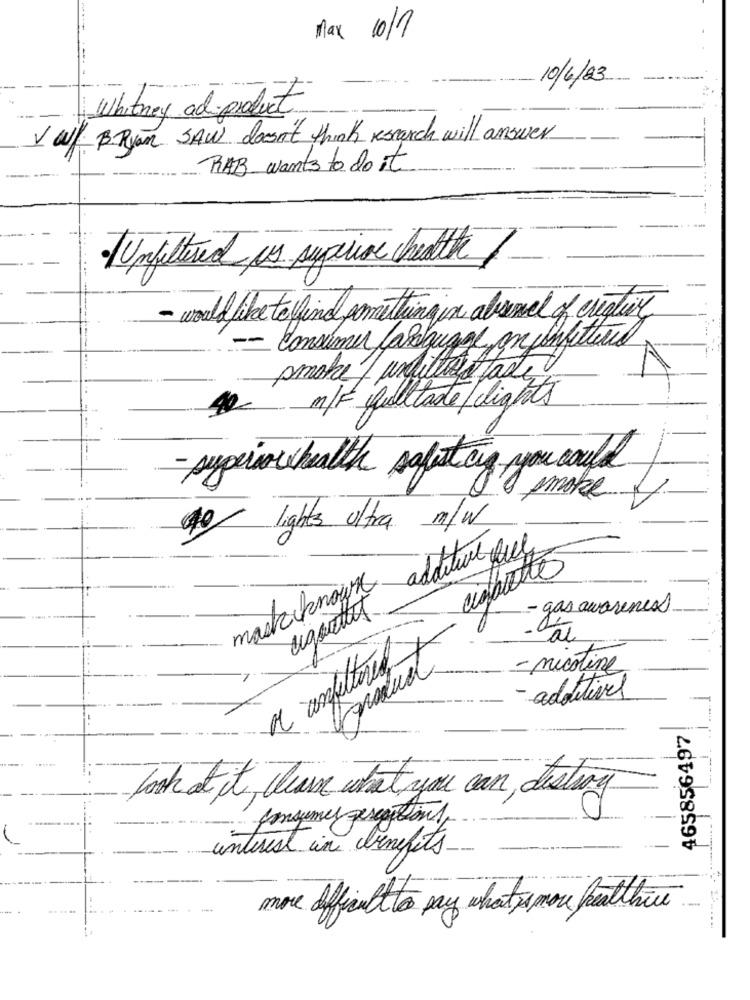
Max 10/7
-- -
10/6/03
Whitney ad product
V a/ B-Ryan SAW doesn't think research will answer
RAB wants to do it
Unfiltered is syprice health/
- would like to find something in aboxel of crigtig
-- Consumer Jakgugge on fonfatture
smoke unfiltret taste
m/F fulltaste/lights
42-
- superior health saluticig you could
10 make /
lights ultra m/w
mark known additie ful
ciabatte
- gas awareness
-Tai
o unfettered y
- nicotine
- adottivel
465856497!
look at it , learn what you can destroy
consumer perceptions,
interest in benefits
more difficult to say what s mou freatthe. ...